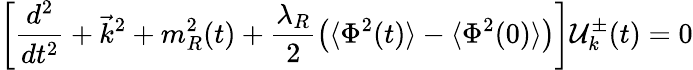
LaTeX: \left[\frac{d^{2}}{dt^{2}}+\vec{k}^{2}+m_{R}^{2}(t)+\frac{\lambda_{R}}{2}\left(\langle\Phi^{2}(t)\rangle-\langle\Phi^{2}(0)\rangle\right)\right]{\cal{U}}_{k}^{\pm}(t)=0